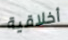
أخلاقية